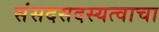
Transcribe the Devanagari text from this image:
संसदसदस्यत्वाचा